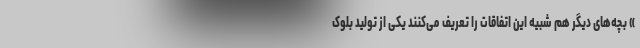
» بچه‌های دیگر هم شبیه این اتفاقات را تعریف می‌کنند یکی از تولید بلوک